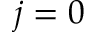
j = 0